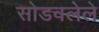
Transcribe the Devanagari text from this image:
सोडवलेले